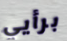
برأيي